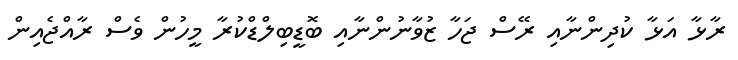
ރާޅާ އަޅާ ކުދިންނާއި ރޭސް ޖަހާ ޒުވާނުންނާއި ބޮޑީބިލްޑްކުރާ މީހުން ވެސް ރާއްޖެއިން